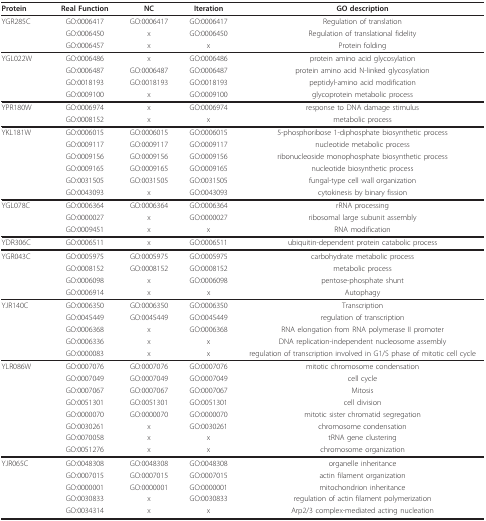
<table><thead><tr><td><b>Protein</b></td><td><b>Real Function</b></td><td><b>NC</b></td><td><b>Iteration</b></td><td><b>GO description</b></td></tr></thead><tbody><tr><td>YGR285C</td><td>GO:0006417</td><td>GO:0006417</td><td>GO:0006417</td><td>Regulation of translation</td></tr><tr><td></td><td>GO:0006450</td><td>x</td><td>GO:0006450</td><td>Regulation of translational fidelity</td></tr><tr><td></td><td>GO:0006457</td><td>x</td><td>x</td><td>Protein folding</td></tr><tr><td>YGL022W</td><td>GO:0006486</td><td>x</td><td>GO:0006486</td><td>protein amino acid glycosylation</td></tr><tr><td></td><td>GO:0006487</td><td>GO:0006487</td><td>GO:0006487</td><td>protein amino acid N-linked glycosylation</td></tr><tr><td></td><td>GO:0018193</td><td>GO:0018193</td><td>GO:0018193</td><td>peptidyl-amino acid modification</td></tr><tr><td></td><td>GO:0009100</td><td>x</td><td>GO:0009100</td><td>glycoprotein metabolic process</td></tr><tr><td>YPR180W</td><td>GO:0006974</td><td>x</td><td>GO:0006974</td><td>response to DNA damage stimulus</td></tr><tr><td></td><td>GO:0008152</td><td>x</td><td>x</td><td>metabolic process</td></tr><tr><td>YKL181W</td><td>GO:0006015</td><td>GO:0006015</td><td>GO:0006015</td><td>5-phosphoribose 1-diphosphate biosynthetic process</td></tr><tr><td></td><td>GO:0009117</td><td>GO:0009117</td><td>GO:0009117</td><td>nucleotide metabolic process</td></tr><tr><td></td><td>GO:0009156</td><td>GO:0009156</td><td>GO:0009156</td><td>ribonucleoside monophosphate biosynthetic process</td></tr><tr><td></td><td>GO:0009165</td><td>GO:0009165</td><td>GO:0009165</td><td>nucleotide biosynthetic process</td></tr><tr><td></td><td>GO:0031505</td><td>GO:0031505</td><td>GO:0031505</td><td>fungal-type cell wall organization</td></tr><tr><td></td><td>GO:0043093</td><td>x</td><td>GO:0043093</td><td>cytokinesis by binary fission</td></tr><tr><td>YGL078C</td><td>GO:0006364</td><td>GO:0006364</td><td>GO:0006364</td><td>rRNA processing</td></tr><tr><td></td><td>GO:0000027</td><td>x</td><td>GO:0000027</td><td>ribosomal large subunit assembly</td></tr><tr><td></td><td>GO:0009451</td><td>x</td><td>x</td><td>RNA modification</td></tr><tr><td>YDR306C</td><td>GO:0006511</td><td>x</td><td>GO:0006511</td><td>ubiquitin-dependent protein catabolic process</td></tr><tr><td>YGR043C</td><td>GO:0005975</td><td>GO:0005975</td><td>GO:0005975</td><td>carbohydrate metabolic process</td></tr><tr><td></td><td>GO:0008152</td><td>GO:0008152</td><td>GO:0008152</td><td>metabolic process</td></tr><tr><td></td><td>GO:0006098</td><td>x</td><td>GO:0006098</td><td>pentose-phosphate shunt</td></tr><tr><td></td><td>GO:0006914</td><td>x</td><td>x</td><td>Autophagy</td></tr><tr><td>YJR140C</td><td>GO:0006350</td><td>GO:0006350</td><td>GO:0006350</td><td>Transcription</td></tr><tr><td></td><td>GO:0045449</td><td>GO:0045449</td><td>GO:0045449</td><td>regulation of transcription</td></tr><tr><td></td><td>GO:0006368</td><td>x</td><td>GO:0006368</td><td>RNA elongation from RNA polymerase II promoter</td></tr><tr><td></td><td>GO:0006336</td><td>x</td><td>x</td><td>DNA replication-independent nucleosome assembly</td></tr><tr><td></td><td>GO:0000083</td><td>x</td><td>x</td><td>regulation of transcription involved in G1/S phase of mitotic cell cycle</td></tr><tr><td>YLR086W</td><td>GO:0007076</td><td>GO:0007076</td><td>GO:0007076</td><td>mitotic chromosome condensation</td></tr><tr><td></td><td>GO:0007049</td><td>GO:0007049</td><td>GO:0007049</td><td>cell cycle</td></tr><tr><td></td><td>GO:0007067</td><td>GO:0007067</td><td>GO:0007067</td><td>Mitosis</td></tr><tr><td></td><td>GO:0051301</td><td>GO:0051301</td><td>GO:0051301</td><td>cell division</td></tr><tr><td></td><td>GO:0000070</td><td>GO:0000070</td><td>GO:0000070</td><td>mitotic sister chromatid segregation</td></tr><tr><td></td><td>GO:0030261</td><td>x</td><td>GO:0030261</td><td>chromosome condensation</td></tr><tr><td></td><td>GO:0070058</td><td>x</td><td>x</td><td>tRNA gene clustering</td></tr><tr><td></td><td>GO:0051276</td><td>x</td><td>x</td><td>chromosome organization</td></tr><tr><td>YJR065C</td><td>GO:0048308</td><td>GO:0048308</td><td>GO:0048308</td><td>organelle inheritance</td></tr><tr><td></td><td>GO:0007015</td><td>GO:0007015</td><td>GO:0007015</td><td>actin filament organization</td></tr><tr><td></td><td>GO:0000001</td><td>GO:0000001</td><td>GO:0000001</td><td>mitochondrion inheritance</td></tr><tr><td></td><td>GO:0030833</td><td>x</td><td>GO:0030833</td><td>regulation of actin filament polymerization</td></tr><tr><td></td><td>GO:0034314</td><td>x</td><td>x</td><td>Arp2/3 complex-mediated acting nucleation</td></tr></tbody></table>